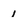
Character: 1